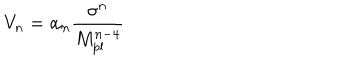
LaTeX: V _ { n } = \alpha _ { n } \frac { \sigma ^ { n } } { M _ { \mathrm { p l } } ^ { n - 4 } }